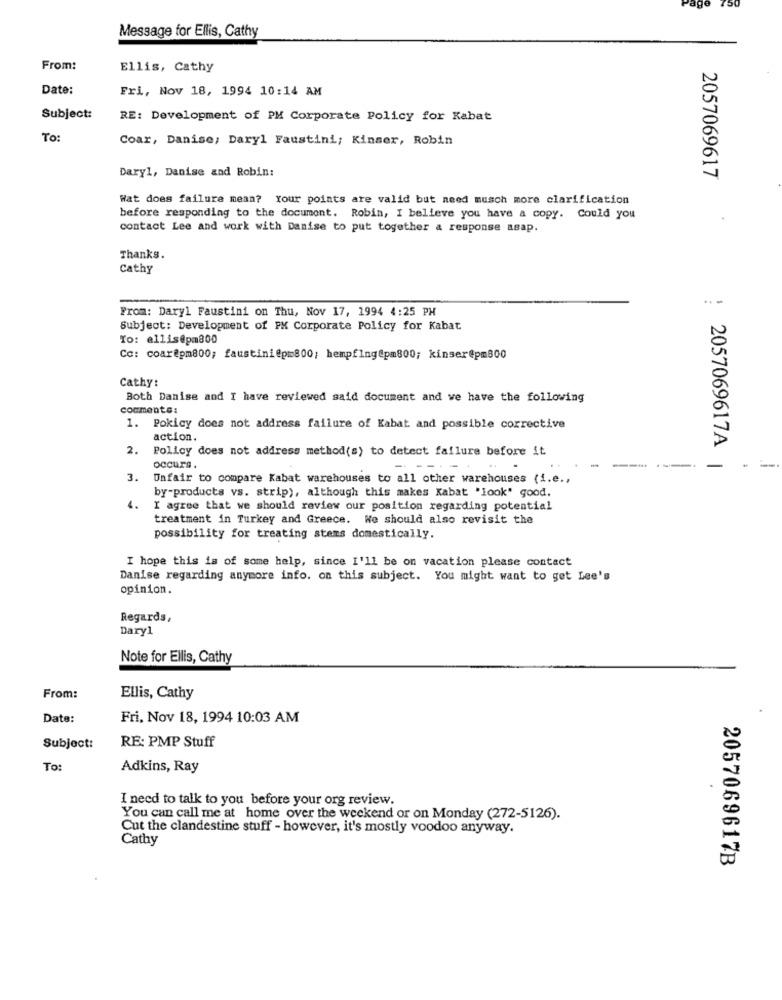
750
Message for Ellis, Cathy
From:
Ellis, Cathy
Date:
Fri, Nov 18, 1994 10:14 AM
Subject:
RE: Development of PM Corporate Policy for Kabat
To:
Coar, Danise, Daryl Faustini; Kinser, Robin
Daryl, Danise and Robin:
2057069617
Wat does failure mean? Your points are valid but need musch more clarification
before responding to the document. Robin, I believe you have a copy. Could you
contact Lee and work with Danise to put together a response asap.
Thanks.
Cathy
From: Daryl Faustini on Thu, Nov 17, 1994 4:25 PM
Subject: Development of PM Corporate Policy for Kabat
To: ellis@pm800
Co: coar@pm800; faustini@pm800; hempfing@pm800; kinser@pm800
Cathy:
Both Danise and I have reviewed said document and we have the following
comments:
. Pokicy does not address failure of Kabat and possible corrective
action.
2.
Policy does not address method(s) to detect failure before it
--
occurs.
: 2057069617A |
3. Unfair to compare Kabat warehouses to all other warehouses (i.e .,
by-products vs. strip), although this makes Kabat "look" good.
4.
I agree that we should review our position regarding potential
treatment in Turkey and Greece. We should also revisit the
possibility for treating stems domestically.
I hope this is of some help, since I'll be on vacation please contact
Danise regarding anymore info. on this subject. You might want to get Lee's
opinion.
Regards,
Daryl
Note for Ellis, Cathy
From:
Ellis, Cathy
Date:
Fri, Nov 18, 1994 10:03 AM
Subject:
RE: PMP Stuff
To:
Adkins, Ray
I need to talk to you before your org review.
You can call me at home over the weekend or on Monday (272-5126).
Cut the clandestine stuff - however, it's mostly voodoo anyway.
Cathy
2057069617B